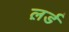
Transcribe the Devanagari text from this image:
ल़र्ड